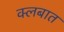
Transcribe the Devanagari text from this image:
क्लबात